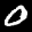
Label: 0